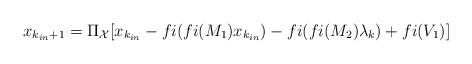
LaTeX: \begin{align*}x_{k_{in} + 1} = \Pi_{\mathcal{X}}[x_{k_{in}} - fi(fi(M_1)x_{k_{in}}) - fi(fi(M_2)\lambda_k) + fi(V_1)]\end{align*}